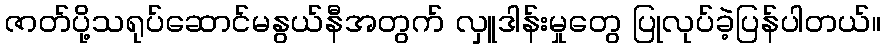
ဇာတ်ပို့သရုပ်ဆောင်မနွယ်နီအတွက် လှူဒါန်းမှုတွေ ပြုလုပ်ခဲ့ပြန်ပါတယ်။